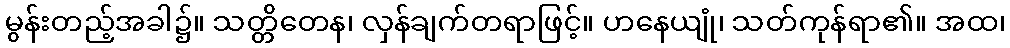
မွန်းတည့်အခါ၌။ သတ္တိတေန၊ လှန်ချက်တရာဖြင့်။ ဟနေယျုံ၊ သတ်ကုန်ရာ၏။ အထ၊